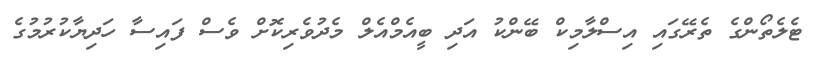
ޓެލެތޯންގެ ތެރޭގައި އިސްލާމިކް ބޭންކު އަދި ބީއެމްއެލް މެދުވެރިކޮށް ވެސް ފައިސާ ހަދިޔާކުރުމުގެ